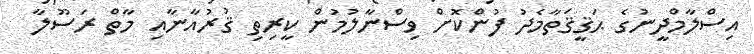
އިސްލާމްދީނުގެ ޙަޤީޤަތާމެދު ފުންކޮށް ވިސްނާލުމުން ކީރިތި ޤުރުއާނާއި މާތް ރަސޫލާ